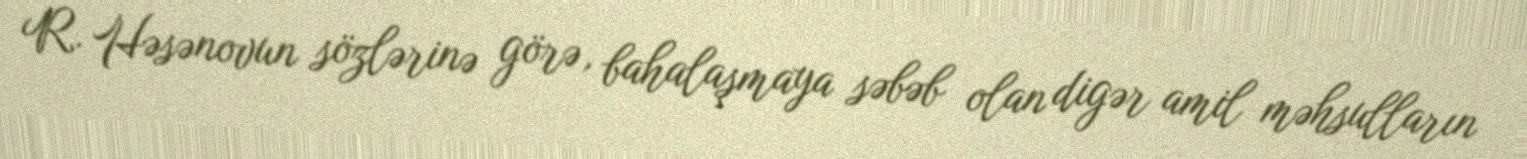
R. Həsənovun sözlərinə görə, bahalaşmaya səbəb olan digər amil məhsulların